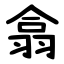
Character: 翕